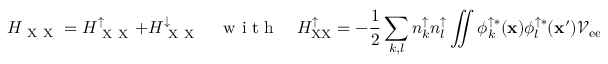
H _ { \mathrm { ~ X ~ X ~ } } = H _ { \mathrm { ~ X ~ X ~ } } ^ { \uparrow } + H _ { \mathrm { ~ X ~ X ~ } } ^ { \downarrow } \quad \mathrm { ~ w ~ i ~ t ~ h ~ } \quad H _ { \mathrm { X X } } ^ { \uparrow } = - \frac { 1 } { 2 } \sum _ { k , l } n _ { k } ^ { \uparrow } n _ { l } ^ { \uparrow } \iint \phi _ { k } ^ { \uparrow * } ( { \bf x } ) \phi _ { l } ^ { \uparrow * } ( { \bf x } ^ { \prime } ) \mathcal { V } _ { \mathrm { e e } } ( { \bf x } - { \bf x } ^ { \prime } ) \phi _ { k } ^ { \uparrow } ( { \bf x } ^ { \prime } ) \phi _ { l } ^ { \uparrow } ( { \bf x } ) \mathrm { d } { \bf x } \mathrm { d } { \bf x } ^ { \prime } .